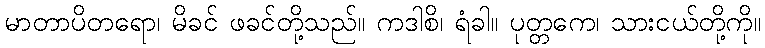
မာတာပိတရော၊ မိခင် ဖခင်တို့သည်။ ကဒါစိ၊ ရံခါ။ ပုတ္တကေ၊ သားငယ်တို့ကို။